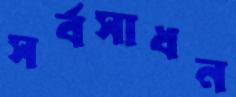
সর্বসাধন